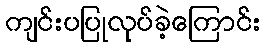
ကျင်းပပြုလုပ်ခဲ့ကြောင်း